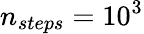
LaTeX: n_{steps}=10^{3}